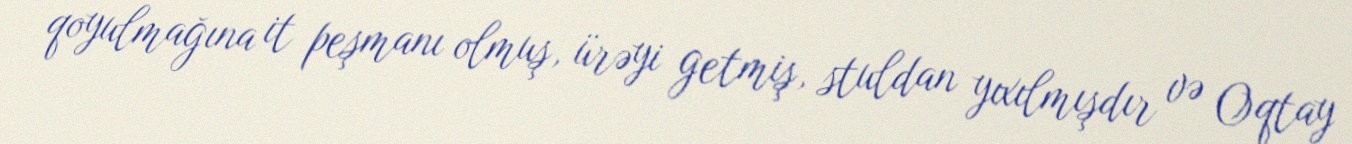
qoyulmağına it peşmanı olmuş, ürəyi getmiş, stuldan yıxılmışdır və Oqtay